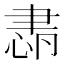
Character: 𦘛